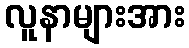
လူနာများအား